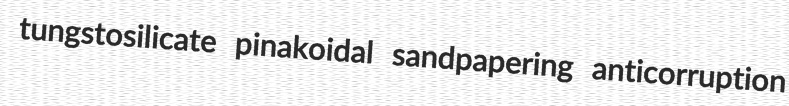
tungstosilicate pinakoidal sandpapering anticorruption